Memorandum on the prevention of leprosy by segregation of the affected
Disease focus: Leprosy
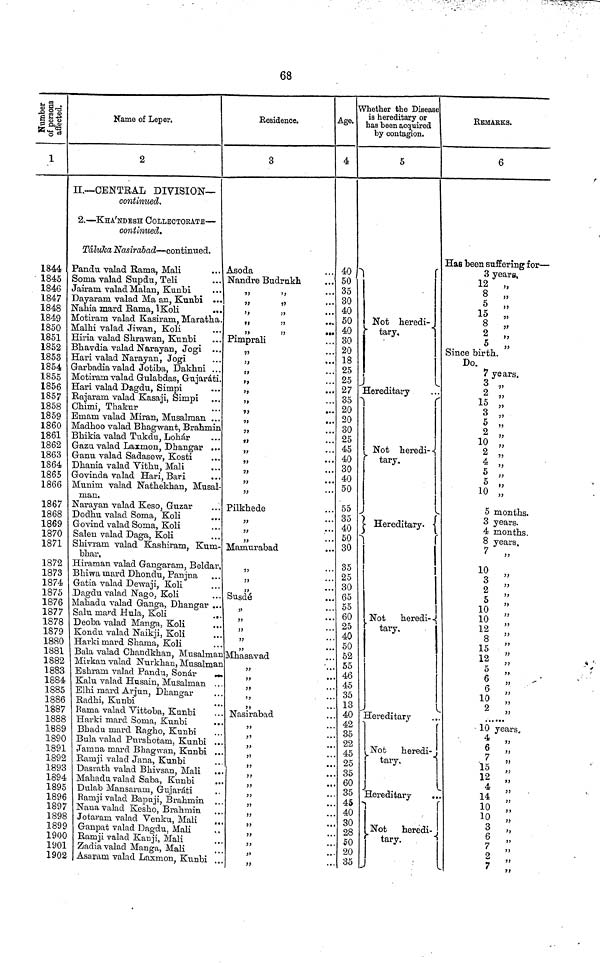
68
Number of persons affected.
1
1844
1845
1846
1847
1848
1849
1850
1851
1852
1853
1854
1855
1856
1857
1858
1859
1860
1861
1862
1863
1864
1865
1866
1867
1868
1869
1870
1871
1872
1873
1874
1875
1876
1877
1878
1879
1880
1881
1882
1883
1884
1885
1886
1887
1888
1889
1890
1891
1892
1893
1894
1895
1896
189"
1898
1899
1900
1901
1902
Name of Leper.
2
II.— CENTRAL DIVISION—
continued.
2. — KHA'NDESH COLLECTORATE —
continued.
Taluka Nasirabad— continued.
Pandu valad Rama, Mali
Soma valad Supdu, Teli
Jairam valad Malan, Kunbi
Dayaram valad Ma an, Kunbi ...
Nahia mard Rama,
lKoli
...
Motiram valad Kasiram, Maratha.
Malhi valad Jiwan, Koli
Hiria valad Shrawan, Kunbi
Bliavdia valad Narayan, Jogi
Hari valad Narayan, Jogi
Garbadia valad Jotiba, Dakhni ...
Motiram valad Gulabdas, Gujarati.
Hari valad Dagdu, Simpi
Rajarani valad Kasaji, Simpi
Chimi, Thakur
Emam valad Miran, Musalman ...
Madhoo valad Bhagwant, Brahmin
Bhikia valad Tukdu, Lohar
Gazu valad Laxmon, Dhangar ...
Ganu valad Sadasew, Kosti
Dhania valad Vithu, Mali
...
Govinda valad Hari, Bari
Munim valad Nathekhan, Musal-
man,
Narayan valad Keso, Guzar
Dodhu valad Soma, Koli
Salen valad Daga, Koli
Shivram valad Kashiram, Kum-
bhar,
Hiraman valad Gangaram, Beldar,
Bhiwa mard Dhondu, Panjna
Gatia valad Dewaji, Koli
Dagdu valad Nago, Koli
Mahadu valad Ganga, Dhangar ...
Salu mard Hula, Koli
.,
Deoba valad Manga, Koli
Kondu valad Naikji, Koli
Harki mard Shama, Koli
Bala valad Chandkhan, Musalmar
Mirkan valad Nurkhan, Musalmar
Eshram, valad Pandu, Sonar
Kalu valad Husain, Musalman
Elhi mard Arjun, Dhangar
Radhi, Kunbi
Rama valad Yittoba, Kunbi
Harki mard Soma, Kunbi
Bhadu mard Ragho, Kunbi
Bula valad Purshotam, Kunbi ..
Jamna mard Bhagwan, Kunbi ..
Ramji valad Jana, Kunbi
Dasrath valad Bhivsan, Mali
Mahadu valad Saba, Kunbi
Dulab Mansaram, Gujarati
Ramji valad Bapuji, Brahmin .
Nana valad Kesho, Brahmin
Jotaram valad Yenku, Mali
Ganpat valad Dagdu, Mali
Ramji valad Kanji, Mali
Zadia valad Manga, Mali
Asaram valad Laxmon, Kunbi
Residence.
3
Asoda
Nandre Budrukh
"
"
Pimprali
Pilkhede
,,
...
Mamurabad
Susde
"
Mhasavad
Nasirabad
Age.
4
40
50
35
30
40
50
40
30
20
18
25
25
27
35
20
20
30
25
45
40
30
40
50
55
35
40
50
30
35
25
30
65
55
60
25
40
50
52
55
46
45
35
13
40
42
35
22
45
25
35
60
35
45
40
30
28
50
20
35
Whether the Disease
is hereditary or
has been acquired
by contagion.
5
Not
heredi-
tary.
Hereditary
Not heredi--
tary.
Hereditary.
Not heredi-
tary.
Hereditary
Not
heredi-
tary.
Hereditary
Not
heredi-
tary.
REMARKS.
6
Has been suffering for —
3 years,
12 „
8 „
5 „
15 „
8 "
2 "
5 „
Since birth.
Do.
7 years.
3 „
2
15 "
3 „
5 "
2 „
10 "
2 "
4 "
5 "
5 "
10 "
5 months.
3 years.
4 months.
8 years.
7 "
10 "
3 "
2
"
5
"
10 "
10
"
12
"
8
"
15
"
12
"
5
"
6
"
6
"
10 "
2
"
10 years.
6 "
7
"
15
"
12
"
14
"
10
"
10 "
3 "
7
"
2
"
7
"